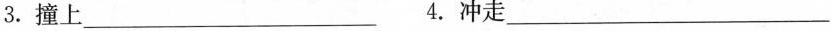
3.撞上___ 4.冲走___